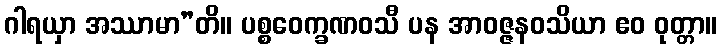
ဂါရယှာ အဿာမာ”တိ။ ပစ္စဝေက္ခဏဝသီ ပန အာဝဇ္ဇနဝသိယာ ဧဝ ဝုတ္တာ။